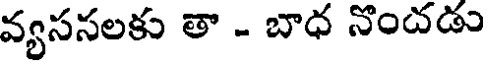
వ్యససలకు తా - బాధ నొందడు